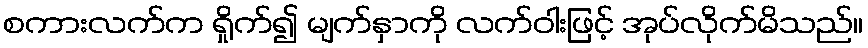
စကားလက်က ရှိုက်၍ မျက်နှာကို လက်ဝါးဖြင့် အုပ်လိုက်မိသည်။